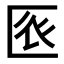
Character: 𠤺